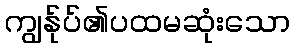
ကျွန်ုပ်၏ပထမဆုံးသော